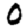
Digit: 0